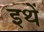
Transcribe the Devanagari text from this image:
इथें